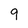
Character: 9